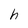
Character: h